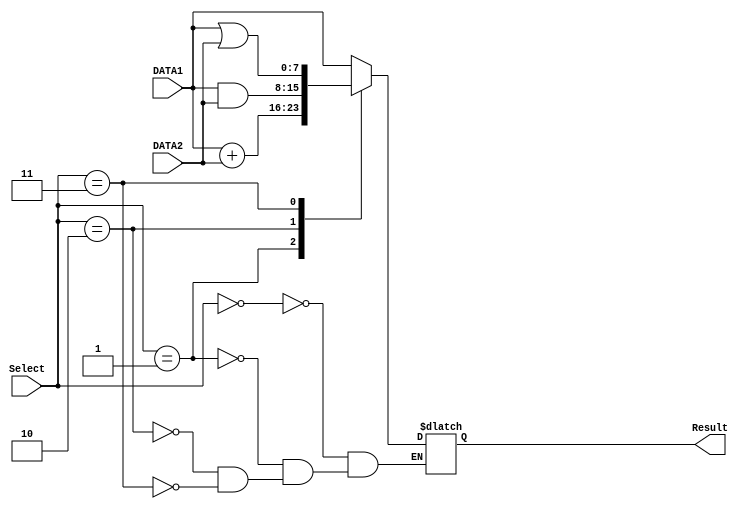

module alu(Result,DATA1,DATA2,Select);
	input [7:0] DATA1;
	input [7:0] DATA2;
	input [2:0] Select;
	output [7:0] Result;
	reg [7:0] Result;

	always@(DATA1,DATA2,Select)
	begin
	case(Select)
		3'b000:  Result = DATA1;
		3'b001:  Result = DATA1+DATA2;
		3'b010:  Result = DATA1&DATA2;
		3'b011:  Result = DATA1|DATA2;

	endcase
	end


	
endmodule

module regfile8x8a(debugPin,clk,INaddr,IN,OUT1addr,OUT1,OUT2addr,OUT2);
	output [63:0] debugPin;
	reg [(8*8)-1:0] memory=0;
	input [7:0] IN;
	output [7:0] OUT1;
	output [7:0] OUT2;
	reg [7:0] outReg1;
	reg [7:0] outReg2;
	input clk;
	input [2:0] INaddr;
	input [2:0] OUT1addr;
	input [2:0] OUT2addr;
	integer i;

	assign OUT1=outReg1[7:0];
	assign OUT2=outReg2[7:0];
	assign debugPin = memory[63:0];



	always @(OUT1addr,OUT2addr) begin
		for(i=0;i<8;i=i+1) begin
			outReg1[i]=memory[OUT1addr*8 + i];
			outReg2[i]=memory[OUT2addr*8 + i];
		end
	end

	always @(negedge clk) begin
		for(i=0;i<8;i=i+1)begin
			memory[INaddr*8 + i]=IN[i];
		end
		
	end

	


endmodule



module counter (debugPin_PC,clk, reset,Read_addr);
	input clk;
	input reset;
	output [31:0] Read_addr;
	output [31:0] debugPin_PC;
	 // The outputs are defined as registers too
	reg [31:0] Read_addr=0;
	assign debugPin_PC = Read_addr;
	// The counter doesn't have any delay since the
	// output is latched when the negedge of the clock happens.
	
	always @(negedge clk)begin
		Read_addr=Read_addr+3'b100;
	end
	

endmodule


module Instruction_reg (debugPin_InstructionRegister,clk, Read_Addr, instruction);
	output [31:0] debugPin_InstructionRegister;
	reg [8*32 -1:0] instructionMemory;
	integer ins;
	input clk;
	input [31:0] Read_Addr;
	output [31:0] instruction;
	reg [31:0] instruction;
	integer i;

	assign debugPin_InstructionRegister[31:0]=instruction[31:0];
	//assign  debugPin_InstructionRegister[31:24] =Read_Addr[7:0] ;
	initial
	begin
		for(ins=0;ins<8*32;ins=ins+1)begin
			instructionMemory[ins]=1'b0;
		end
		//Instruction 0
		instructionMemory[32*0+27 : 32*0+24] =4'b0000;//oppcode
		instructionMemory[32*0+18 : 32*0+16] =3'b100;//Dest
		instructionMemory[32*0+10 : 32*0+08] =3'b000;//Source 2
		instructionMemory[32*0+ 7 : 32*0+ 0] =8'hFF;//Source 1
		//Instruction 1;
		instructionMemory[32*1 +27 : 32*1+24] =4'b0000;//oppcode
		instructionMemory[32*1+18 : 32*1+16] =3'b110;//Dest
		instructionMemory[32*1+10 : 32*1+08] =3'b000;//Source 2
		instructionMemory[32*1+ 7 : 32*1+ 0] =8'hAA;//Source 1
		//Instruction 2;
		instructionMemory[32*2 +27 : 32*2+24] =4'b0000;//oppcode
		instructionMemory[32*2+18 : 32*2+16] =3'b011;//Dest
		instructionMemory[32*2+10 : 32*2+08] =3'b000;//Source 2
		instructionMemory[32*2+ 7 : 32*2+ 0] =8'hBB;//Source 1
		//Instruction 3;
		instructionMemory[32*3 +27 : 32*3+24] =4'b0010;//
		instructionMemory[32*3+18 : 32*3+16] =3'b101;//Dest
		instructionMemory[32*3+10 : 32*3+08] =3'b110;//Source 2
		instructionMemory[32*3+ 7 : 32*3+ 0] =8'b011;//Source 1
		//Instruction 4;
		instructionMemory[32*4 +27 : 32*4+24] =4'b0100;//oppcode
		instructionMemory[32*4+18 : 32*4+16] =3'b001;//Dest
		instructionMemory[32*4+10 : 32*4+08] =3'b100;//Source 2
		instructionMemory[32*4+ 2 : 32*4+ 0] =3'b101;//Source 1
		//Instruction 5;
		instructionMemory[32*5 +27 : 32*5+24] =4'b0110;//oppcode
		instructionMemory[32*5+18 : 32*5+16] =3'b010;//Dest
		instructionMemory[32*5+10 : 32*5+08] =3'b001;//Source 2
		instructionMemory[32*5+ 2 : 32*5+ 0] =3'b110;//Source 1
		//Instruction 6;
		instructionMemory[32*6 +27 : 32*6+24] =4'b0001;//oppcode
		instructionMemory[32*6+18 : 32*6+16] =3'b111;//Dest
		instructionMemory[32*6+10 : 32*6+08] =3'b000;//Source 2
		instructionMemory[32*6+ 2 : 32*6+ 0] =3'b010;//Source 1
		//Instruction 7;
		instructionMemory[32*7 +27 : 32*7+24] =4'b0011;//oppcode
		instructionMemory[32*7+18 : 32*7+16] =3'b100;//Dest
		instructionMemory[32*7+10 : 32*7+08] =3'b011;//Source 2
		instructionMemory[32*7+ 2 : 32*7+ 0] =3'b111;//Source 1

	end
	always @(posedge clk) begin
		for(i=0;i<32;i=i+1)begin
			instruction[i]=instructionMemory[Read_Addr*8+i];
		end
	end
endmodule

module CU(debugPinCU,instruction, OUT1addr, OUT2addr, INaddr,SELECT,imValue,imValueMUXControlSignal,addSumMUXControlSignal);
	//In out here does not make sense for th control unit
	//They are named in the register file perspective
	output [15:0] debugPinCU;
	input [31:0] instruction;
	output [2:0] OUT1addr;
	output [2:0] OUT2addr;
	output [2:0] INaddr;
	output [2:0] SELECT;
	output [7:0] imValue;
	output imValueMUXControlSignal;
	output addSumMUXControlSignal;
//	reg [2:0] OUT1addr;
//	reg [2:0] OUT2addr;
//	reg [2:0] INaddr;
//	reg [2:0] SELECT;
//	reg [7:0] imValue;
//	reg imValueMUXControlSignal;
//	reg addSumMUXControlSignal;

	assign debugPinCU[2:0]=SELECT[2:0];
	assign debugPinCU[5:3]=OUT1addr;
	assign debugPinCU[8:6]=OUT2addr ;


	assign OUT1addr=instruction[2:0];
	assign OUT2addr=instruction[10:8];
	assign INaddr=instruction[18:16];
	assign imValue=instruction[7:0];
	assign SELECT=instruction[27:25];
	assign imValueMUXControlSignal = ~instruction[24];
	assign addSumMUXControlSignal = instruction[24];





	
endmodule

module MUX(out,a,b,control);
	input [7:0] a;
	input [7:0] b;
	output [7:0] out;
	input control;
	reg [7:0] out;

	always@(a,b,control)begin
		case(control)
			1'b0 : out=a[7:0];
			1'b1 : out=b[7:0];
		endcase
	end

endmodule

module MUX_ThreeBitControl(out,a,b,control);
	input [7:0] a;
	input [7:0] b;
	output [7:0] out;
	input [2:0] control;
	reg [7:0] out;
	

	always@(a,b,control)begin
		if(control==3'b000)begin
			out=a[7:0];
		end else begin
			out=b[7:0];
		end
	end

endmodule

module TwosComplement(out,in);
	input [7:0] in;
	output [7:0] out;
	//reg [7:0] out;

	assign out[7:0] =-in[7:0];
	/*
	always @(in)begin
		out= ~in + 8'b00000001;
	end*/
endmodule


module processor(debigPinALU,debugPin,debugPinCU,debugPin_InstructionRegister,debugPin_PC,clk,reset);
	input clk;
	input reset;
	output [63:0] debugPin;
	output [15:0] debugPinCU;
	output [31:0] debugPin_InstructionRegister;
	output [31:0] debugPin_PC;
	output [26:0] debigPinALU;

	wire [31:0] instructionAddress;
	wire [31:0] instruction;

	counter myCounter(debugPin_PC,clk,reset,instructionAddress);
	Instruction_reg myInstruction_reg(debugPin_InstructionRegister,clk, instructionAddress, instruction);


	wire [2:0] OUT1addr;
	wire [2:0] OUT2addr;
	wire [2:0] INaddr;
	wire [2:0] SELECT;
	wire [7:0] imValue;
	wire imValueMUXControlSignal;
	wire addSumMUXControlSignal;

	CU myCU(debugPinCU,instruction,OUT1addr,OUT2addr,INaddr,SELECT,imValue,imValueMUXControlSignal,addSumMUXControlSignal);

	wire [7:0] IN;
	wire [7:0] OUT1;
	wire [7:0] OUT2;

	regfile8x8a myregfile8x8a(debugPin,clk,INaddr,IN,OUT1addr,OUT1,OUT2addr,OUT2);

	wire [7:0] DATA1;
	wire [7:0] DATA2;
	wire [7:0] tempp;
	wire [7:0] TwosComplementOutput;

	TwosComplement myTwosComplement(TwosComplementOutput,OUT2);

	MUX myMUX_intermediateValue(tempp,OUT1,imValue,imValueMUXControlSignal);
	MUX myMUX_addSub(DATA2,OUT2,TwosComplementOutput,addSumMUXControlSignal);
	MUX_ThreeBitControl myMUX_addSub2(DATA1,tempp,OUT1,SELECT);
	alu myAlu(IN,DATA1,DATA2,SELECT);//myAlu(Result,DATA1,DATA2,Select)

	assign debigPinALU[7:0]=OUT2[7:0];
	assign debigPinALU[15:8]=DATA1[7:0];
	assign debigPinALU[23:16]=IN[7:0];


endmodule



module testbed;

	reg reset;
	reg clk;
	wire [63:0] debugPin;
	wire [15:0] debugPinCU;
	wire [31:0] debugPin_InstructionRegister;
	wire [31:0] debugPin_PC;
	wire [26:0] debigPinALU;

	processor myProcessor(debigPinALU,debugPin,debugPinCU,debugPin_InstructionRegister,debugPin_PC,clk,reset);


	initial
	begin
		$monitor("reg0 =%d, reg1 =%d, reg2 =%d, reg3 =%d, reg4 =%d, reg5 =%d, reg6 =%d, reg7 =%d,",debugPin[7:0],debugPin[15:8],debugPin[23:16],debugPin[31:24],debugPin[39:32],debugPin[47:40],debugPin[55:48],debugPin[63:56]);
		//$monitor("ALU d1=%d d2=%d ans=%d",debigPinALU[7:0],debigPinALU[15:8],debigPinALU[23:16]);
		//$monitor("SELECT=%d Add1=%d Add2=%d",debugPinCU[2:0],debugPinCU[5:3],debugPinCU[8:6]);
		//$monitor("The instruction:  %8b %8b %8b %8b ",debugPin_InstructionRegister[31:24],debugPin_InstructionRegister[23:16],debugPin_InstructionRegister[15:8],debugPin_InstructionRegister[7:0]);
		//$monitor("PC =%d",debugPin_PC);
		//$monitor("Clc=%d",clk);
		//$dumpfile("wavedata.vcd");
	    //$dumpvars(0,testbed);

		reset =1'b0;

		#5 clk=1'b1;
		#5 clk=1'b0;
		#5 clk=1'b1;
		#5 clk=1'b0;
		#5 clk=1'b1;
		#5 clk=1'b0;
		#5 clk=1'b1;
		#5 clk=1'b0;
		#5 clk=1'b1;
		#5 clk=1'b0;
		#5 clk=1'b1;
		#5 clk=1'b0;
		#5 clk=1'b1;
		#5 clk=1'b0;
		#5 clk=1'b1;
		#5 clk=1'b0;
		#5 clk=1'b1;
		#5 clk=1'b0;
		#5 clk=1'b1;
		#5 clk=1'b0;
		#5 clk=1'b1;
		#5 clk=1'b0;
		#5 clk=1'b1;
		#5 clk=1'b0;
		#5 clk=1'b1;
		
		$finish;	
		
	end

endmodule